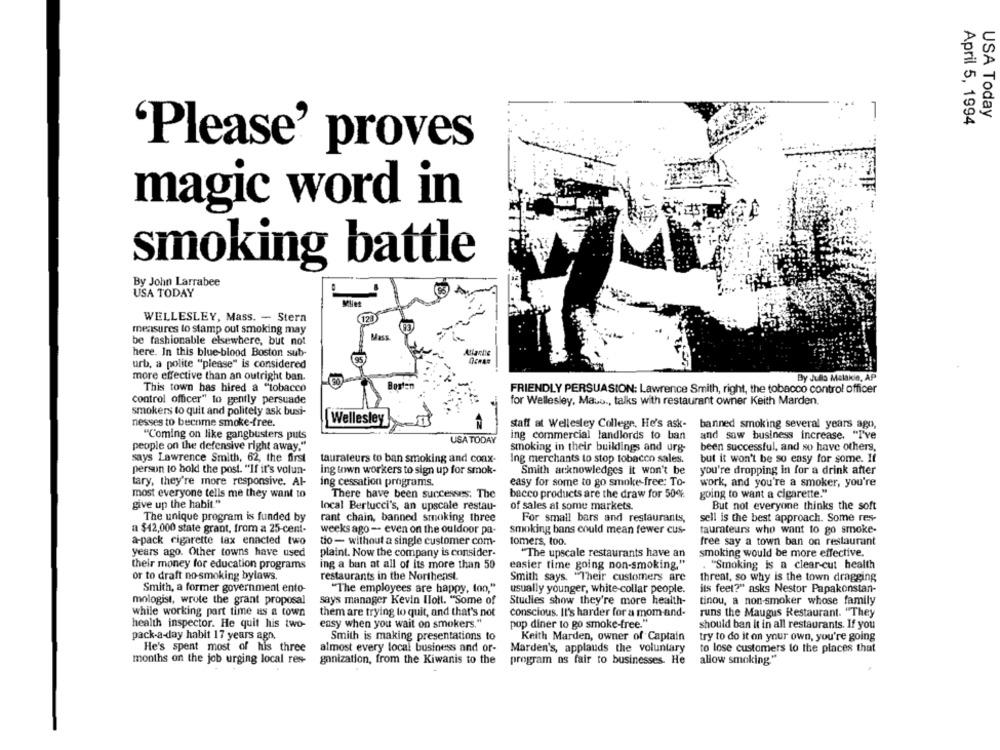
USA Today
April 5, 1994
'Please' proves
magic word in
smoking battle
By John Larrabee
USA TODAY
WELLESLEY, Mass. - Stern
123
measures to stamp out smoking may
Mass
be fashionable elsewhere, but not
here. In this blue-blood Boston sub-
urb, a polite "please" is considered
more effective than an outright ban.
By Julia Malakie, AP
This town has hired a "tobacco
FRIENDLY PERSUASION: Lawrence Smith, right, the tobacco control officer
control officer" to gently persuade
for Wellesley, Maus ., talks with restaurant owner Keith Marden.
smokers to quit and politely ask busi-
Wellesley
nesses to become smoke-free.
staff at Wellesley College. He's ask-
banned smoking several years ago,
"Coming on like gangbusters puts
ing commercial landlords to ban
and saw business increase. "I've
USA TODAY
people on the defensive right away."
smoking in their buildings and urg-
been successful, and so have others,
says Lawrence Smith, 62, the first
taurateurs to ban smoking and coax-
but it won't be so easy for some. If
Ing merchants to stop tobacco sales.
person to hold the post. "If it's volun-
ing town workers to sign up for smok-
Smith acknowledges it won't be
you're dropping in for a drink after
tary, they're more responsive. Al-
ing cessation programs.
easy for some to go smoke free: To-
work, and you're a smoker, you're
most everyone tells me they want to
There have been successes. The
bacco products are the draw for 50%
going to want a cigarette."
give up the habit."
local Bertucci's, an upscale restau-
of sales at some markets.
But not everyone thinks the soft
The unique program is funded by
rant chain, banned smoking three
For small bars and restaurants,
sell is the best approach. Some res-
a $42,000 state grant, from a 25-cent-
weeks ago - even on the ouldoor pa-
smoking bans could mean fewer cus-
taurateurs who want to go smoke-
a-pack cigarette tax enacted two
dio- without a single customer com-
tomers, too.
free say a town ban on restaurant
years ago. Other towns have used
plaint. Now the company is consider-
"The upscale restaurants have an
smoking would be more effective.
their money for education programs
ing a ban at all of its more than 50
easier time going non-smoking."
"Smoking is a clear-cut health
or to draft no-smoking bylaws.
restaurants in the Northeast
Smith says. "Their customers are
threat, so why is the town dragging
Smith, a former government ento-
"The employees are happy, ton,"
usually younger, white collar people.
its feet?" asks Nestor Papakonstan-
mologist, wrote the grant proposal
says manager Kevin Ilott. "Some of
Studies show they're more health-
tinou, a non-smoker whose family
while working part time as a town
them are trying to quit, and that's not
conscious. It's harder for a mom and-
runs the Maugus Restaurant. "They
easy when you wait on smokers."
health inspector. He quit his two-
pop diner to go smoke-free."
should ban it in all restaurants. If you
pack-a-day habit 17 years ago.
Smith is making presentations to
Keith Marden, owner of Captain
try to do it on your own, you're going
He's spent most of his three
almost every local business and or-
Marden's, applauds the voluntary
to lose customers to the places that
months on the job urging local res-
ganization, from the Kiwanis to the
program as fair to businesses. He
allow smoking."